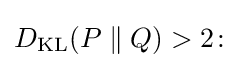
\textstyle D_{\mathrm {KL} }(P\parallel Q)>2\colon